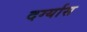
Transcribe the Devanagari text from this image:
दर्ग्यास